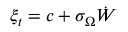
\xi _ { t } = c + \sigma _ { \Omega } \dot { W }